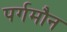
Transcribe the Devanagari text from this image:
पर्गमौन